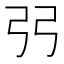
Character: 弜